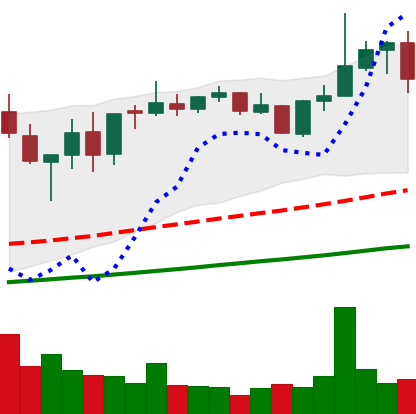
Ticker: XMR-USD
Chart end date: 2021-05-10
Forward return: -13.413%
Label: down_7plus